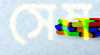
সেম